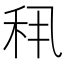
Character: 𬓣